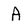
Character: A